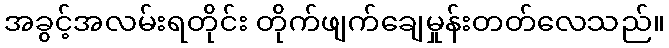
အခွင့်အလမ်းရတိုင်း တိုက်ဖျက်ချေမှုန်းတတ်လေသည်။